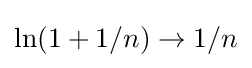
\ln(1+1/n)\rightarrow 1/n